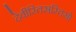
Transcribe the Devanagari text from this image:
देवीस्तिस्रस्तिस्रो